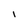
Character: I